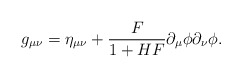
\begin{align*} g_{\mu\nu}=\eta_{\mu\nu}+\frac{F}{1+HF}\partial_\mu\phi\partial_\nu\phi.\end{align*}